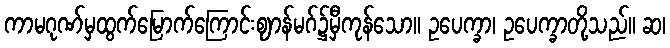
ကာမဂုဏ်မှထွက်မြောက်ကြောင်းဈာန်မဂ်၌မှီကုန်သော။ ဥပေက္ခာ၊ ဥပေက္ခာတို့သည်။ ဆ၊